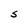
Character: S